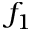
f _ { 1 }